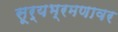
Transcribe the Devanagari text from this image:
सूर्यभ्रमणावर